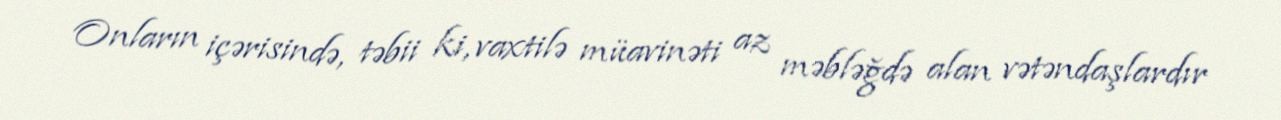
Onların içərisində, təbii ki, vaxtilə müavinəti az məbləğdə alan vətəndaşlardır